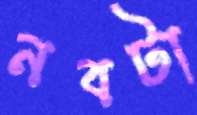
নবটা